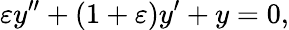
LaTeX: \varepsilon y^{\prime\prime}+(1+\varepsilon)y^{\prime}+y=0,